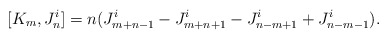
\begin{align*}[K_m, J_n^i] = n (J_{m+n-1}^i - J_{m+n+1}^i - J_{n-m+1}^i + J_{n-m-1}^i).\end{align*}